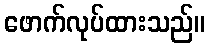
ဖောက်လုပ်ထားသည်။